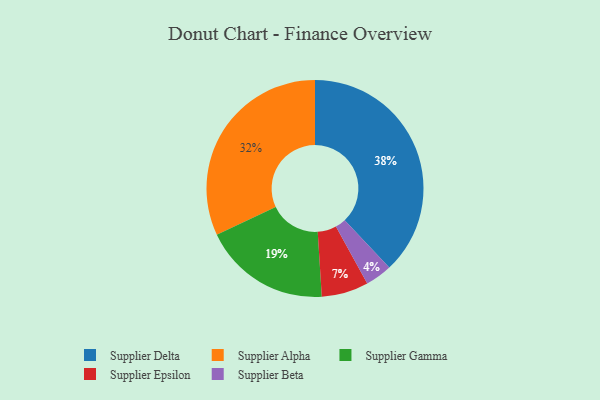
{"axis": {"x": "Category", "y": "Percentage"}, "legend": ["Supplier Alpha", "Supplier Beta", "Supplier Delta", "Supplier Epsilon", "Supplier Gamma"], "data": [{"x": "Supplier Alpha", "y": 32, "type": "Supplier Alpha"}, {"x": "Supplier Gamma", "y": 19, "type": "Supplier Gamma"}, {"x": "Supplier Delta", "y": 38, "type": "Supplier Delta"}, {"x": "Supplier Beta", "y": 4, "type": "Supplier Beta"}, {"x": "Supplier Epsilon", "y": 7, "type": "Supplier Epsilon"}]}